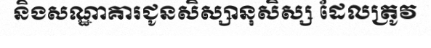
និងសណ្ឋាគារជូនសិស្សានុសិស្ស ដែលត្រូវ